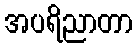
အပရိညာတာ